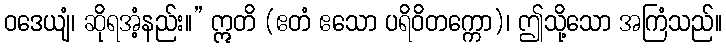
ဝဒေယျံ၊ ဆိုရအံ့နည်း။” ဣတိ (ဧတံ ဧသော ပရိဝိတက္ကော)၊ ဤသို့သော အကြံသည်။